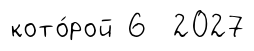
кото́рой 6 2027